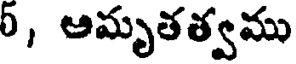
0, ఆమృతత్వము